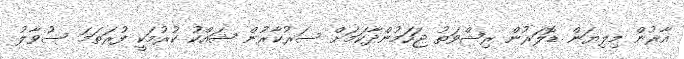
އާރުން މިލިޔަން ޑޮލަރުން ރިޝްވަތު ޖަހަމުންދާކަމަށް ސަރުކާރުން ޝައްކު ކުރުމަކީ ފުރަތަމަ ސުވާލު